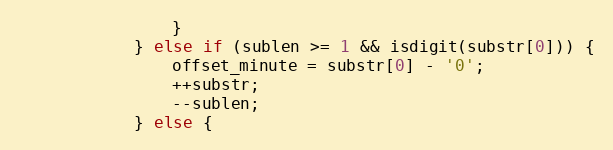
Language: C
                }
            } else if (sublen >= 1 && isdigit(substr[0])) {
                offset_minute = substr[0] - '0';
                ++substr;
                --sublen;
            } else {